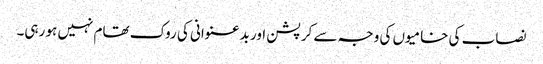
نصاب کی خامیوں کی وجہ سے کرپشن اور بدعنوانی کی روک تھام نہیں ہو رہی۔